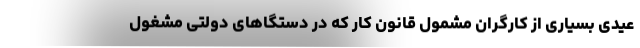
عیدی بسیاری از کارگران مشمول قانون کار که در دستگاهای دولتی مشغول